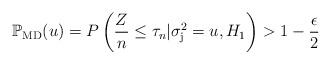
LaTeX: \begin{align*}\mathbb{P}_{\rm MD}(u) = P\left(\frac{Z}{n} \leq \tau_n | \sigma_{\rm j}^2=u, H_1 \right) > 1 - \frac{\epsilon}{2}\end{align*}